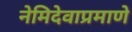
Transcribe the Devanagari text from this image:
नेमिदेवाप्रमाणे